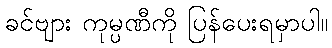
ခင်ဗျား ကုမ္ပဏီကို ပြန်ပေးရမှာပါ။